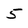
Character: 5